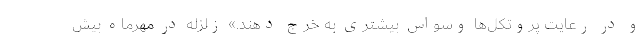
و در رعایت پروتکل‌ها وسواس بیشتری به خرج دهند.» زلزله در مهرماه بیش